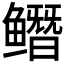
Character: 𱈔